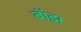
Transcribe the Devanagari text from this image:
बाॅझ